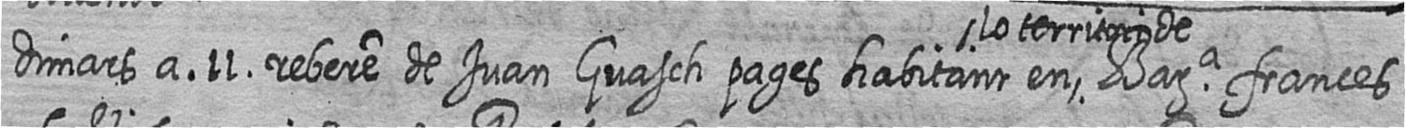
dimars a 11 rebere de Juan Guasch pages habitant en lo territori de Bara frances